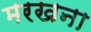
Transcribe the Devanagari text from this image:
मरखना